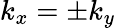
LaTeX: k_{x}=\pm k_{y}